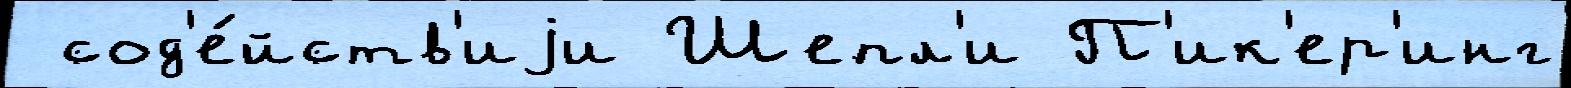
 сод'е́йств'иjи Шепл'и П'ик'ер'инг